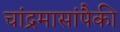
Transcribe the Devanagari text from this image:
चांद्रमासांपैकी